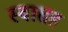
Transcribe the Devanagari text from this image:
स्‍वासह